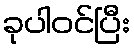
ခုပါဝင်ပြီး